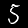
Label: 5